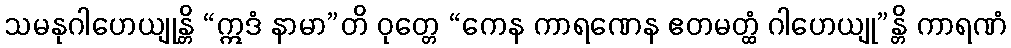
သမနုဂါဟေယျုန္တိ “ဣဒံ နာမာ”တိ ဝုတ္တေ “ကေန ကာရဏေန ဧတမတ္ထံ ဂါဟေယျု”န္တိ ကာရဏံ